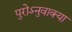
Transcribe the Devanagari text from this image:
पुरोऽनुवाक्या